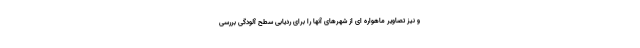
و نیز تصاویر ماهواره ای از شهرهای آنها را برای ردیابی سطح آلودگی بررسی